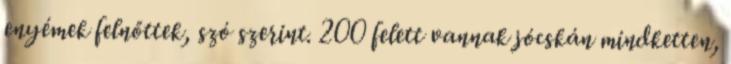
enyémek felnőttek, szó szerint. 200 felett vannak jócskán mindketten,